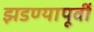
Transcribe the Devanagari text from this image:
झडण्यापूर्वी